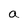
Character: a